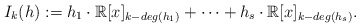
\begin{align*}I_k(h) := h_1\cdot \mathbb{R}[x]_{k-deg(h_1)}+\cdots+h_s\cdot\mathbb{R}[x]_{k-deg(h_s)}.\end{align*}